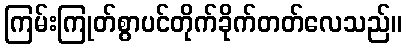
ကြမ်းကြုတ်စွာပင်တိုက်ခိုက်တတ်လေသည်။